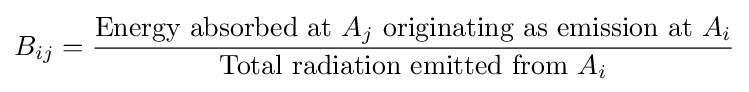
B_{ij}={\frac {{\mbox{Energy absorbed at }}A_{j}{\mbox{ originating as emission at }}A_{i}}{{\mbox{Total radiation emitted from }}A_{i}}}